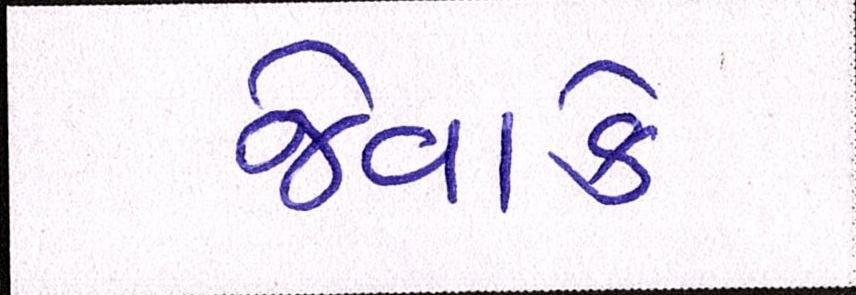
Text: જેવાકે